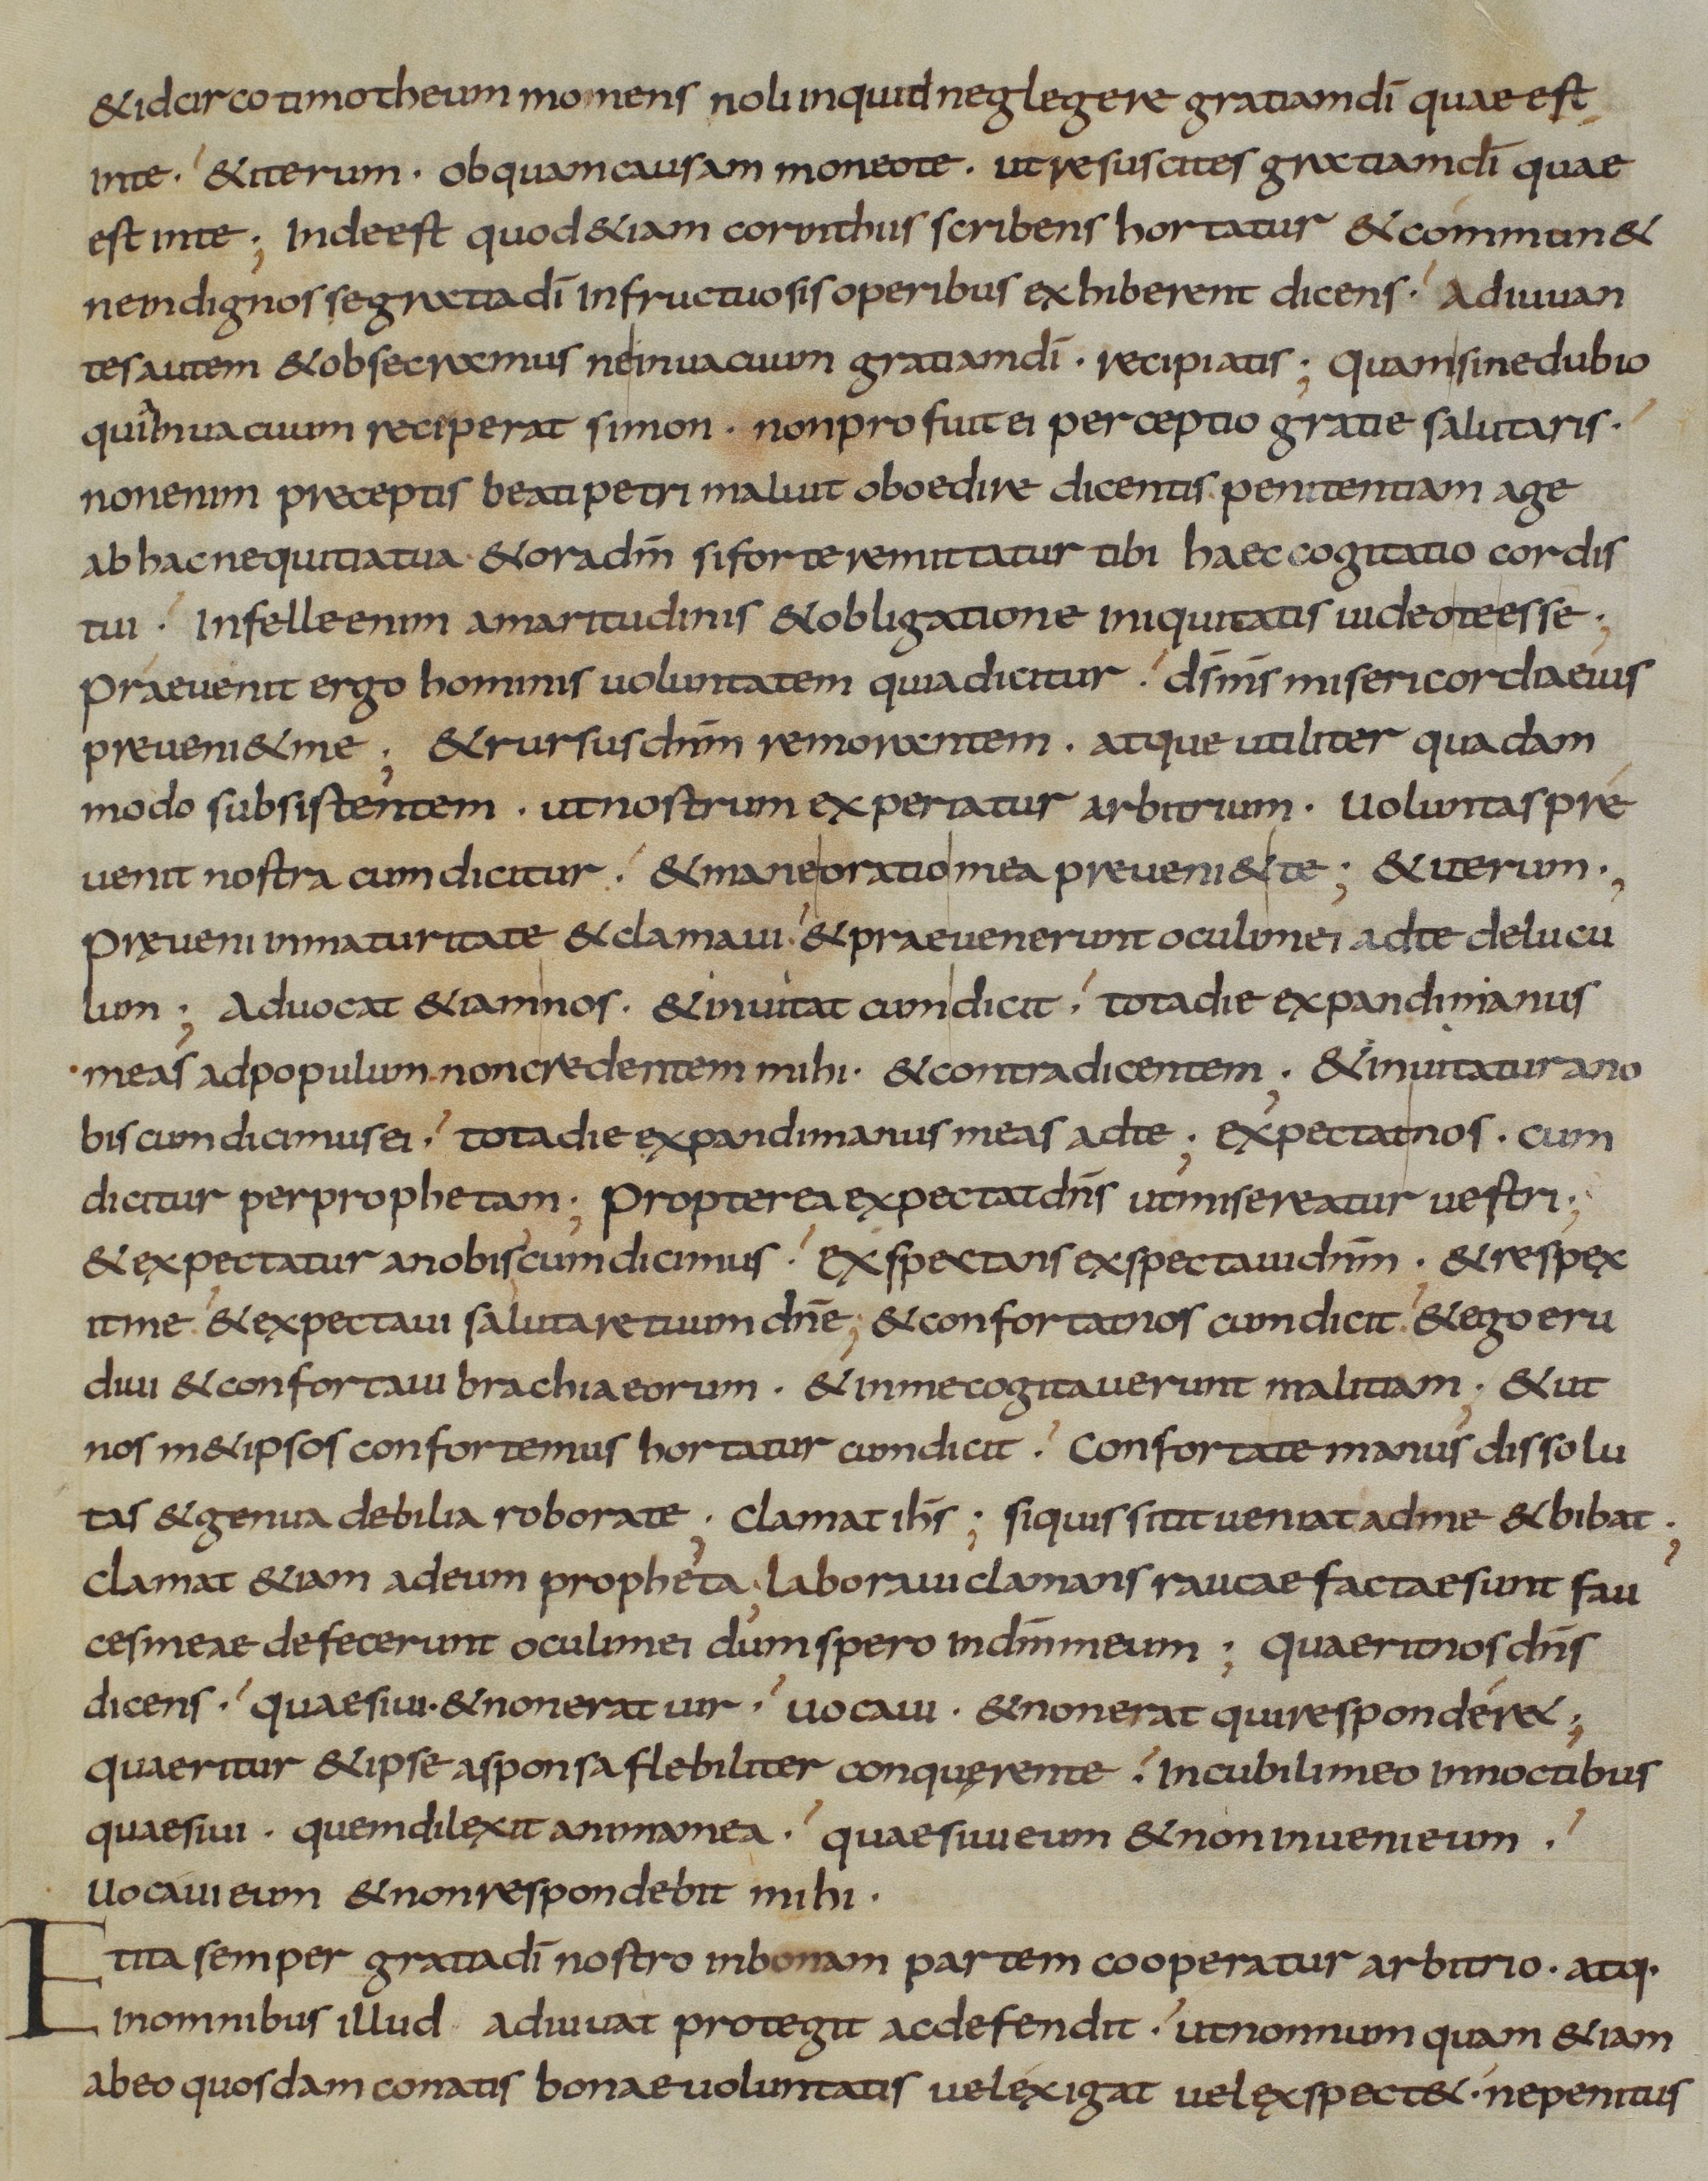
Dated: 833–865